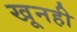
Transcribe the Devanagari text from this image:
खूनही